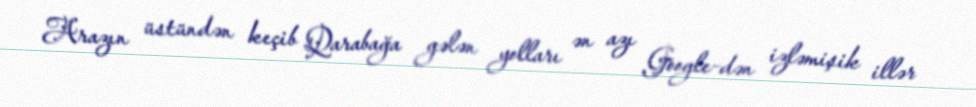
Arazın üstündən keçib Qarabağa gələn yolları ən azı Google-dən izləmişik illər